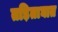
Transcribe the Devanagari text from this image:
तड़िताघात